Report of the Indian Hemp Drugs Commission, 1894-1895 - Volume I
Year: 1894
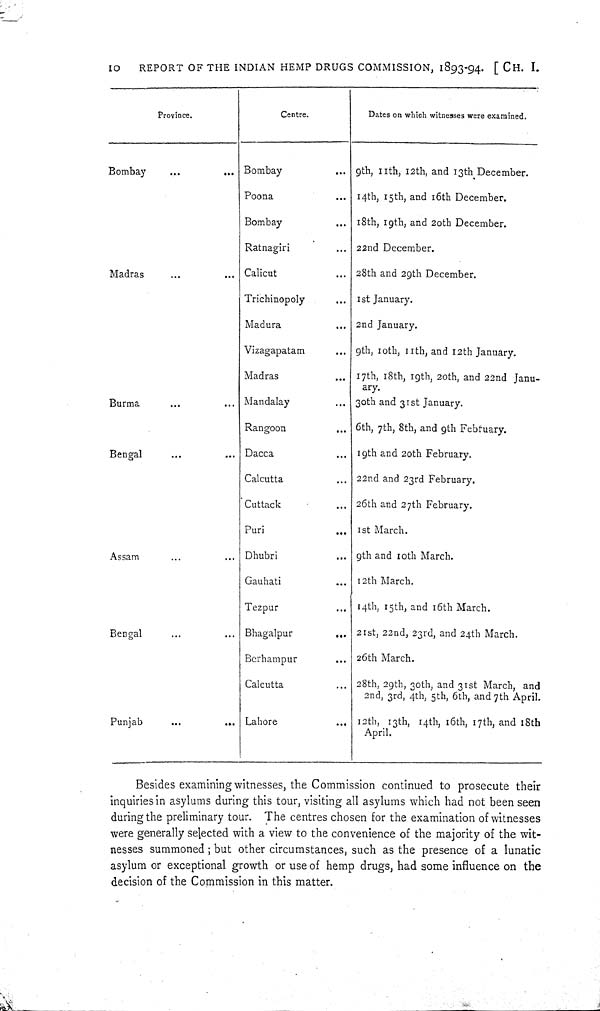
10
REPORT OF THE INDIAN HEMP DRUGS COMMISSION, 1893-94. [CH. I.
Province.
Centre.
Dates on which witnesses were examined.
Bombay
Bombay
9th, 11th, 12th, and 13th December.
Poona
14th, 15th, and 16th December.
Bombay
18th, 19th, and 20th December.
Ratnagiri
22nd December.
Madras
Calicut
28th and 29th December.
Trichinopoly
1st January.
Madura
2nd January.
Vizagapatam
9th, 10th, 11th, and 12th January.
Madras
17th, 18th, 19th, 20th, and 22nd Janu-
ary.
Burma
Mandalay
30th and 31st January.
Rangoon
6th, 7th, 8th, and 9th February.
Bengal
Dacca
19th and 20th February.
Calcutta
22nd and 23rd February.
Cuttack
26th and 27th February.
Puri
1st March.
Assam
Dhubri
9th and 10th March.
Gauhati
12th March.
Tezpur
14th, 15th, and 16th March.
Bengal
Bhagalpur
21st, 22nd, 23rd, and 24th March.
Berhampur
26th March.
Calcutta
28th, 29th, 30th, and 31st March, and
2nd, 3rd, 4th, 5th, 6th, and 7th April.
Punjab
Lahore
12th, 13th, 14th, 16th, 17th, and 18th
April.
Besides examining witnesses, the Commission continued to prosecute their
inquiries in asylums during this tour, visiting all asylums which had not been seen
during the preliminary tour. The centres chosen for the examination of witnesses
were generally selected with a view to the convenience of the majority of the wit-
nesses summoned; but other circumstances, such as the presence of a lunatic
asylum or exceptional growth or use of hemp drugs, had some influence on the
decision of the Commission in this matter.